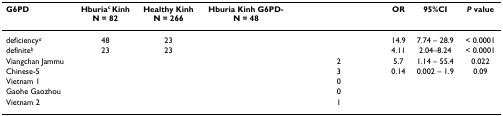
<table><thead><tr><td><b>G6PD</b></td><td><b>Hburia<sup><i>c </i></sup>KinhN = 82</b></td><td><b>Healthy KinhN = 266</b></td><td><b>Hburia Kinh G6PD-N = 48</b></td><td>[EMPTY_CELL]</td><td><b>OR</b></td><td><b>95%CI</b></td><td><b><i>P </i>value</b></td></tr></thead><tbody><tr><td>deficiency<sup><i>a</i></sup></td><td>48</td><td>23</td><td>[EMPTY_CELL]</td><td>[EMPTY_CELL]</td><td>14.9</td><td>7.74 – 28.9</td><td>&lt; 0.0001</td></tr><tr><td>definite<sup><i>b</i></sup></td><td>23</td><td>23</td><td>[EMPTY_CELL]</td><td>[EMPTY_CELL]</td><td>4.11</td><td>2.04–8.24</td><td>&lt; 0.0001</td></tr><tr><td>Viangchan Jammu</td><td>[EMPTY_CELL]</td><td>[EMPTY_CELL]</td><td>[EMPTY_CELL]</td><td>2</td><td>5.7</td><td>1.14 – 55.4</td><td>0.022</td></tr><tr><td>Chinese-5</td><td>[EMPTY_CELL]</td><td>[EMPTY_CELL]</td><td>[EMPTY_CELL]</td><td>3</td><td>0.14</td><td>0.002 – 1.9</td><td>0.09</td></tr><tr><td>Vietnam 1</td><td>[EMPTY_CELL]</td><td>[EMPTY_CELL]</td><td>[EMPTY_CELL]</td><td>0</td><td>[EMPTY_CELL]</td><td>[EMPTY_CELL]</td><td>[EMPTY_CELL]</td></tr><tr><td>Gaohe Gaozhou</td><td>[EMPTY_CELL]</td><td>[EMPTY_CELL]</td><td>[EMPTY_CELL]</td><td>0</td><td>[EMPTY_CELL]</td><td>[EMPTY_CELL]</td><td>[EMPTY_CELL]</td></tr><tr><td>Vietnam 2</td><td>[EMPTY_CELL]</td><td>[EMPTY_CELL]</td><td>[EMPTY_CELL]</td><td>1</td><td>[EMPTY_CELL]</td><td>[EMPTY_CELL]</td><td>[EMPTY_CELL]</td></tr></tbody></table>